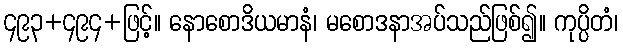
၄၉၃+၄၉၄+ဖြင့်။ နောစောဒိယမာနံ၊ မစောဒနာအပ်သည်ဖြစ်၍။ ကုပ္ပိတံ၊